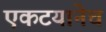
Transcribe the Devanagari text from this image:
एकटयानेच